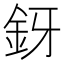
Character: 釾